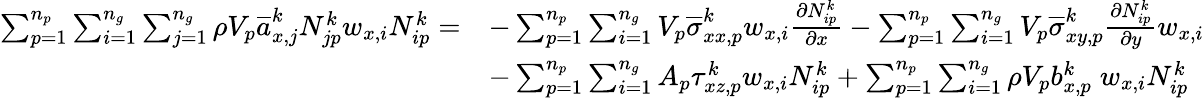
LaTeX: \begin{array}{rl}{\sum_{p=1}^{n_{p}}\sum_{i=1}^{n_{g}}\sum_{j=1}^{n_{g}}\rho V_{p}\overline{{a}}_{x,j}^{k}N_{jp}^{k}w_{x,i}N_{ip}^{k}=}&{-\sum_{p=1}^{n_{p}}\sum_{i=1}^{n_{g}}V_{p}\overline{{\sigma}}_{xx,p}^{k}w_{x,i}\frac{\partial N_{ip}^{k}}{\partial x}-\sum_{p=1}^{n_{p}}\sum_{i=1}^{n_{g}}V_{p}\overline{{\sigma}}_{xy,p}^{k}\frac{\partial N_{ip}^{k}}{\partial y}w_{x,i}}\\ &{-\sum_{p=1}^{n_{p}}\sum_{i=1}^{n_{g}}A_{p}\tau_{xz,p}^{k}w_{x,i}N_{ip}^{k}+\sum_{p=1}^{n_{p}}\sum_{i=1}^{n_{g}}\rho V_{p}b_{x,p}^{k}\; w_{x,i}N_{ip}^{k}}\end{array}